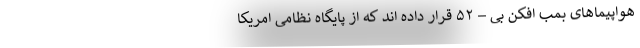
هواپیماهای بمب افکن بی – ۵۲ قرار داده اند که از پایگاه نظامی امریکا